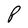
Character: P